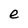
Character: e